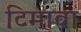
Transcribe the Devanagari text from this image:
टिमावा